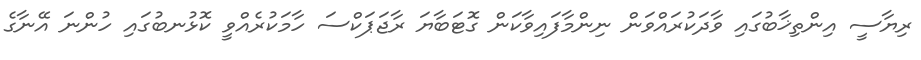
ރިޔާސީ އިންތިޚާބުގައި ވާދަކުރައްވަން ނިންމާފައިވާކަން ގޮޓަބާޔަ ރާޖަޕަކްސަ ހާމަކުރެއްވީ ކޮޅުނބުގައި ހުންނަ އޭނާގެ